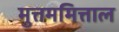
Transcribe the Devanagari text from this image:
मुत्तममित्ताल